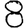
Digit: 8